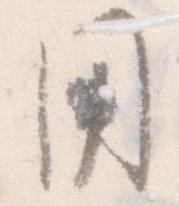
用